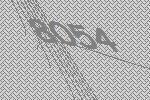
8054